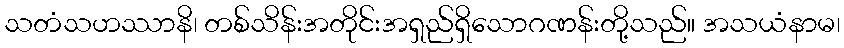
သတံသဟဿာနိ၊ တစ်သိန်းအတိုင်းအရှည်ရှိသောဂဏန်းတို့သည်။ အသယံနာမ၊